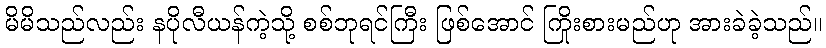
မိမိသည်လည်း နပိုလီယန်ကဲ့သို့ စစ်ဘုရင်ကြီး ဖြစ်အောင် ကြိုးစားမည်ဟု အားခဲခဲ့သည်။